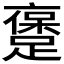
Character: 𲄅